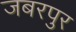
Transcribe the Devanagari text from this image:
जबरपुर